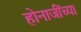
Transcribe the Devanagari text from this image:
होनाजींच्या